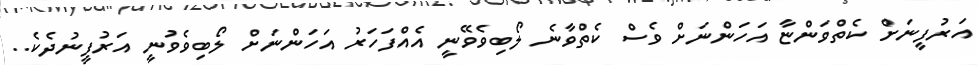
އަރުފީނަށް ކެތްވަންޏާ އަހަންނަށް ވެސް ކެތްވާނެ ލޯބިވެވޭނީ އެއްފަހަރު އަހަންނަށް ލޯބިވެވުނީ އަރުފީނުދެކެ..